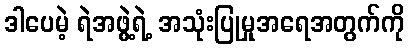
ဒါပေမဲ့ ရဲအဖွဲ့ရဲ့ အသုံးပြုမှုအရေအတွက်ကို